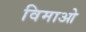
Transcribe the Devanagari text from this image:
विमाओ